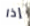
إذا